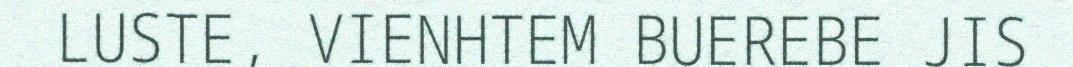
LUSTE, VIENHTEM BUEREBE JIS